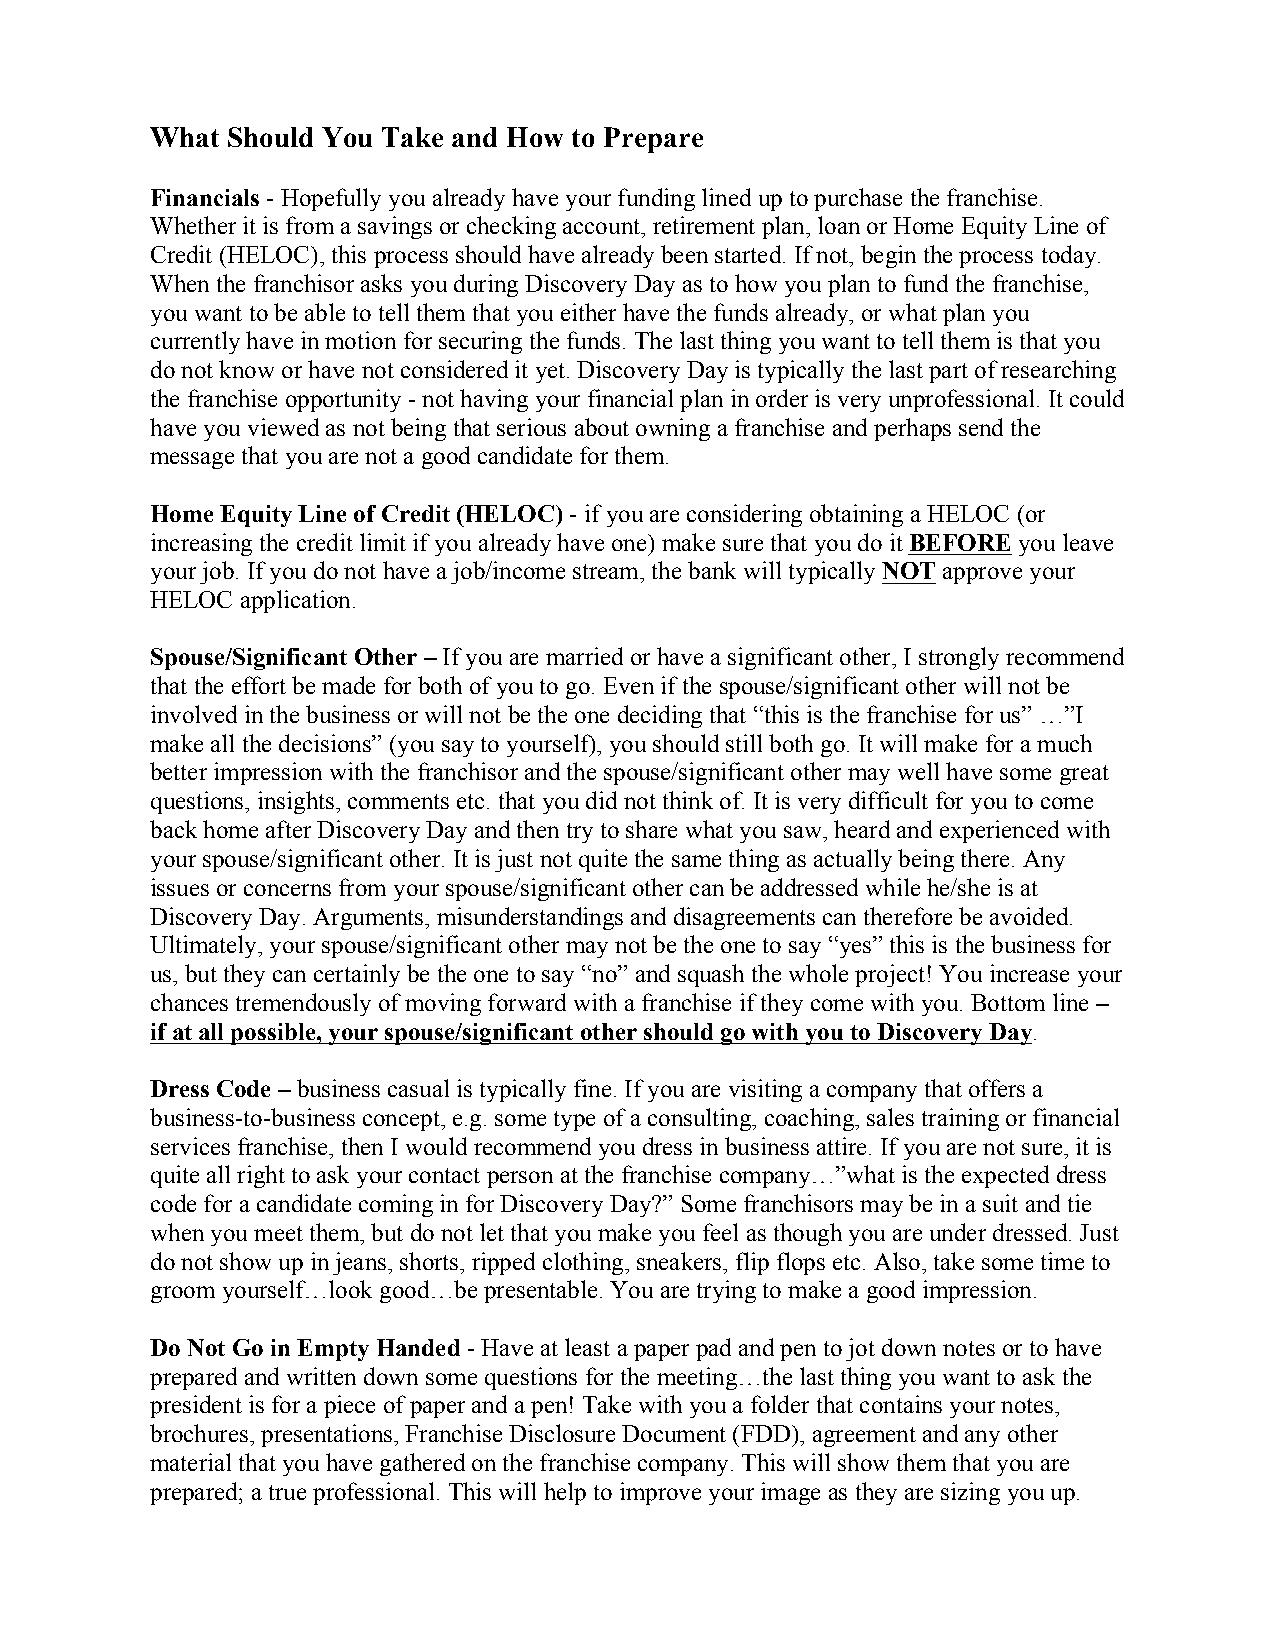
What Should You Take and How to Prepare
 Financials - Hopefully you already have your funding lined up to purchase the franchise.
 Whether it is from a savings or checking account, retirement plan, loan or Home Equity Line of
 Credit (HELOC), this process should have already been started. If not, begin the process today.
 When the franchisor asks you during Discovery Day as to how you plan to fund the franchise,
 you want to be able to tell them that you either have the funds already, or what plan you
 currently have in motion for securing the funds. The last thing you want to tell them is that you
 do not know or have not considered it yet. Discovery Day is typically the last part of researching
 the franchise opportunity - not having your financial plan in order is very unprofessional. It could
 have you viewed as not being that serious about owning a franchise and perhaps send the
 message that you are not a good candidate for them.
 Home Equity Line of Credit (HELOC) - if you are considering obtaining a HELOC (or
 increasing the credit limit if you already have one) make sure that you do it BEFORE you leave
 your job. If you do not have a job/income stream, the bank will typically NOT approve your
 HELOC application.
 Spouse/Significant Other – If you are married or have a significant other, I strongly recommend
 that the effort be made for both of you to go. Even if the spouse/significant other will not be
 involved in the business or will not be the one deciding that “this is the franchise for us” …”I
 make all the decisions” (you say to yourself), you should still both go. It will make for a much
 better impression with the franchisor and the spouse/significant other may well have some great
 questions, insights, comments etc. that you did not think of. It is very difficult for you to come
 back home after Discovery Day and then try to share what you saw, heard and experienced with
 your spouse/significant other. It is just not quite the same thing as actually being there. Any
 issues or concerns from your spouse/significant other can be addressed while he/she is at
 Discovery Day. Arguments, misunderstandings and disagreements can therefore be avoided.
 Ultimately, your spouse/significant other may not be the one to say “yes” this is the business for
 us, but they can certainly be the one to say “no” and squash the whole project! You increase your
 chances tremendously of moving forward with a franchise if they come with you. Bottom line –
 if at all possible, your spouse/significant other should go with you to Discovery Day.
 Dress Code – business casual is typically fine. If you are visiting a company that offers a
 business-to-business concept, e.g. some type of a consulting, coaching, sales training or financial
 services franchise, then I would recommend you dress in business attire. If you are not sure, it is
 quite all right to ask your contact person at the franchise company…”what is the expected dress
 code for a candidate coming in for Discovery Day?” Some franchisors may be in a suit and tie
 when you meet them, but do not let that you make you feel as though you are under dressed. Just
 do not show up in jeans, shorts, ripped clothing, sneakers, flip flops etc. Also, take some time to
 groom yourself…look good…be presentable. You are trying to make a good impression.
 Do Not Go in Empty Handed - Have at least a paper pad and pen to jot down notes or to have
 prepared and written down some questions for the meeting…the last thing you want to ask the
 president is for a piece of paper and a pen! Take with you a folder that contains your notes,
 brochures, presentations, Franchise Disclosure Document (FDD), agreement and any other
 material that you have gathered on the franchise company. This will show them that you are
 prepared; a true professional. This will help to improve your image as they are sizing you up.